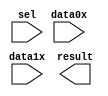
module counterbusmux (
	data0x,
	data1x,
	sel,
	result);

	input	[3:0]  data0x;
	input	[3:0]  data1x;
	input	  sel;
	output	[3:0]  result;

endmodule